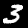
Digit: 3